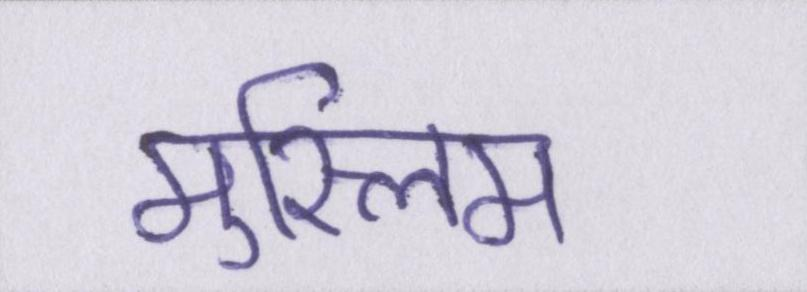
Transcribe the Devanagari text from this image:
मुस्लिम